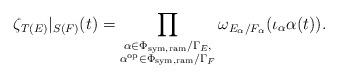
LaTeX: \begin{align*}\zeta_{T(E)}|_{S(F)}(t)=\prod\limits_{\substack{\alpha\in \Phi_{\mathrm{sym,ram}}/\Gamma_{E},\\ \alpha^{\mathrm{op}} \in \Phi_{\mathrm{sym,ram}}/\Gamma_F }}\omega_{E_\alpha/F_\alpha}(\iota_{\alpha}\alpha(t)).\end{align*}